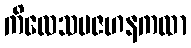
ကိလေသပဇဟနကထာ